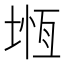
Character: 堩